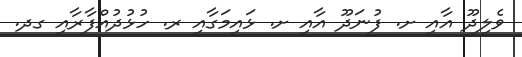
ވެލިދޫ އާއި ށ. ފުނަދޫ އާއި ށ. ޅައިމަގާއި ރ. ހުޅުދުއްފާރާއި ގދ.